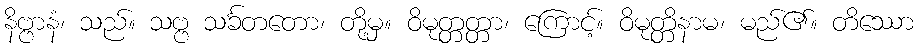
နိဗ္ဗာနံ၊ သည်။ သဗ္ဗ သင်္ခတတော၊ တို့မှ။ ဝိမုတ္တတ္တာ၊ ကြောင့်။ ဝိမုတ္တိနာမ၊ မည်၏။ တိဿော